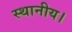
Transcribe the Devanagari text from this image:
स्‍थानीय।